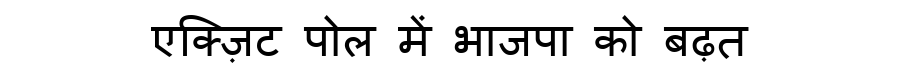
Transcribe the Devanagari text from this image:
एक्ज़िट पोल में भाजपा को बढ़त